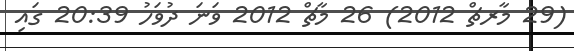
(29 މާރޗް 2012) 26 މާޗް 2012 ވަނަ ދުވަހު 20:39 ގައި